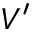
V ^ { \prime }